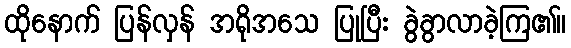
ထိုနောက် ပြန်လှန် အရိုအသေ ပြုပြီး ခွဲခွာလာခဲ့ကြ၏။